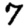
Digit: 7